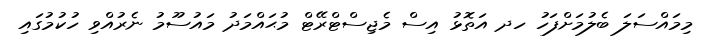
މިމައްސަލަ ބެލުމަށްފަހު ހދ އަތޮޅު އިސް މެޖިސްޓްރޭޓް މުޙައްމަދު މައުސޫމު ނެރުއްވި ހުކުމުގައި